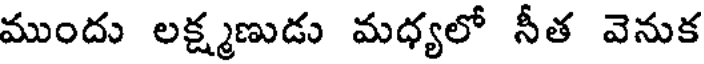
ముందు లక్ష్మణుడు మధ్యలో నీత వెనుక